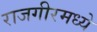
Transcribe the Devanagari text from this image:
राजगीरमध्ये